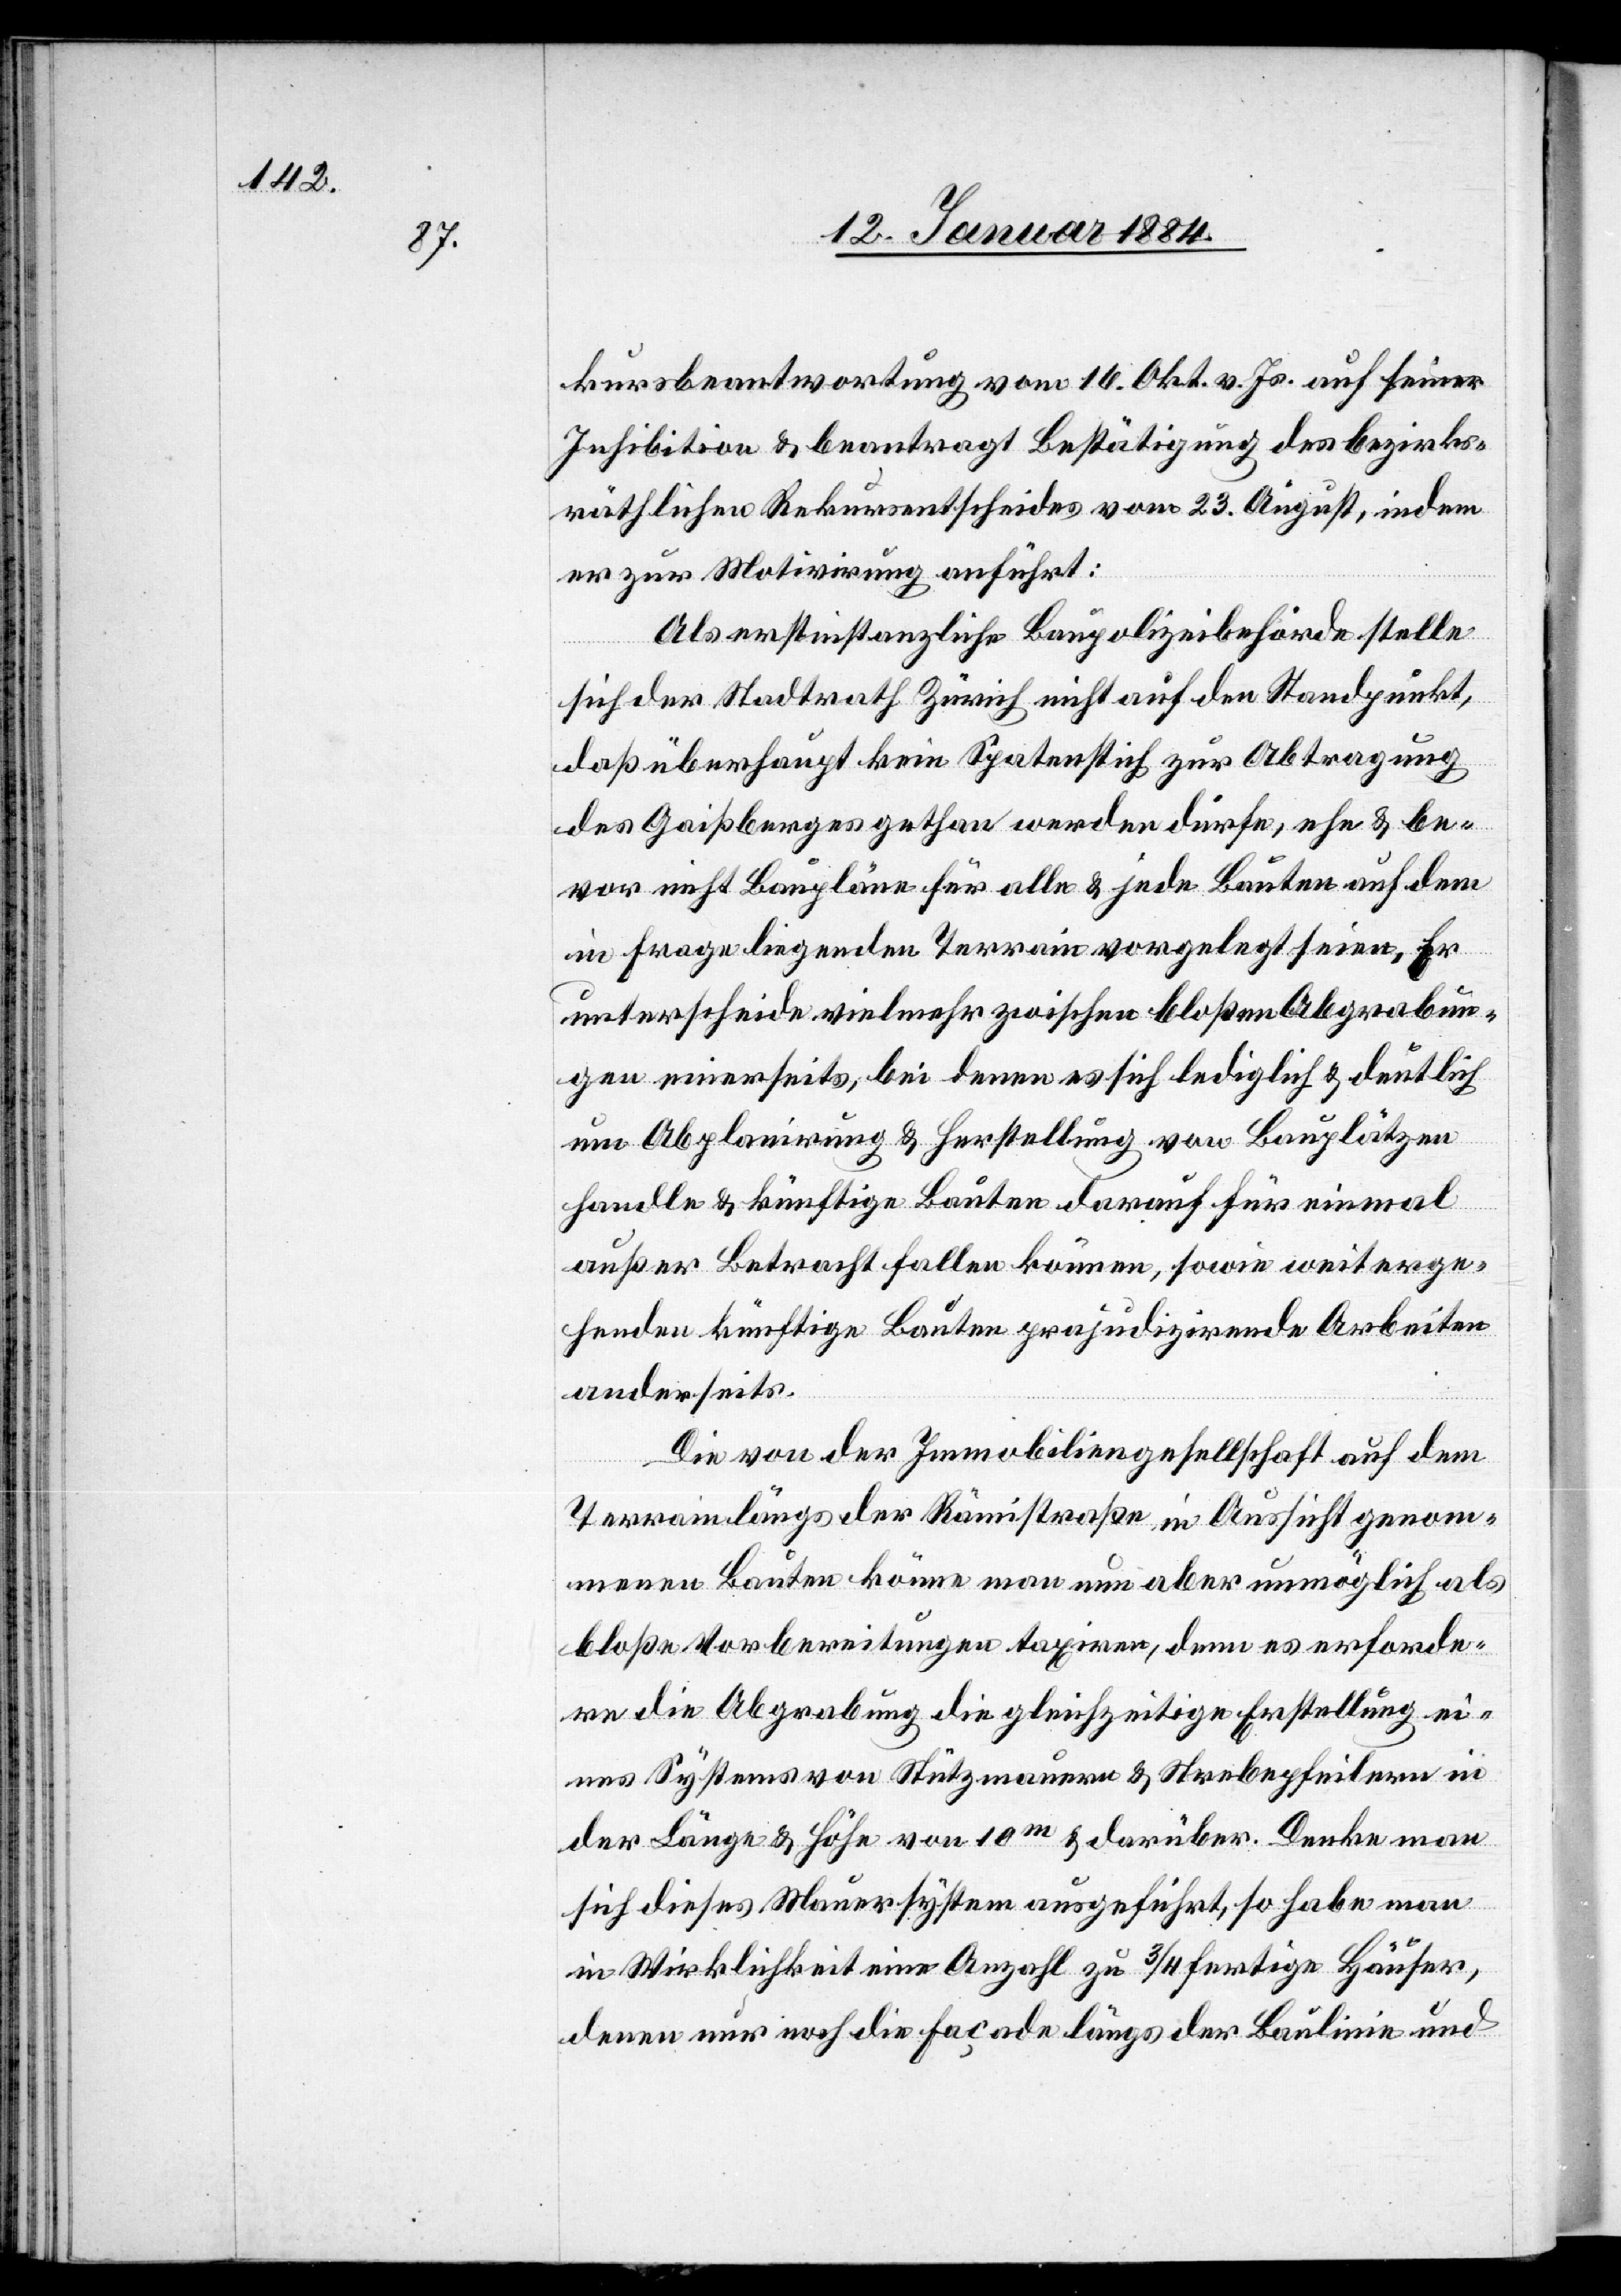
kursbeantwortung vom 16. Okt. v. Js. auf seiner
Inhibition & beantragt Bestätigung des bezirks¬
räthlichen Rekursentscheides vom 23. August, indem
er zur Motivirung anführt:
Als erstinstanzliche Baupolizeibehörde stelle
sich der Stadtrath Zürich nicht auf den Standpunkt,
daß überhaupt kein Spatenstich zur Abtragung
des Gaißberges gethan werden dürfe, ehe & be¬
vor nicht Baupläne für alle & jede Baute auf dem
in Frage liegenden Terrain vorgelegt seien. Er
unterscheide vielmehr zwischen bloßen Abgrabun¬
gen einerseits, bei denen es sich lediglich & deutlich
um Abplanirung & Herstellung von Bauplätzen
handle & künftige Bauten darauf für einmal
außer Betracht fallen können, sowie weiterge¬
henden künftige Bauten präjudizirende Arbeiten
anderseits.
Die von der Immobiliengesellschaft auf dem
Terrain längs der Rämistraße in Aussicht genom¬
mene Baute könne man nun aber unmöglich als
bloße Vorbereitung taxieren, denn es erforde¬
re die Abgrabung die gleichzeitige Erstellung ei¬
nes Systems von Stützmauern & Strebepfeilern in
der Länge & Höhe von 10m & darüber. Denke man
sich dieses Mauersystem ausgeführt, so habe man
in Wirklichkeit eine Anzahl zu 3/4 fertige Häuser,
denen nur noch die Façade längs der Baulinie und